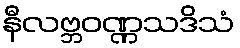
နီလဗ္ဘဝဏ္ဏသဒိသံ